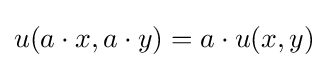
u(a\cdot x,a\cdot y)=a\cdot u(x,y)